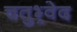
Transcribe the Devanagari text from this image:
चतुभ्र्वेद